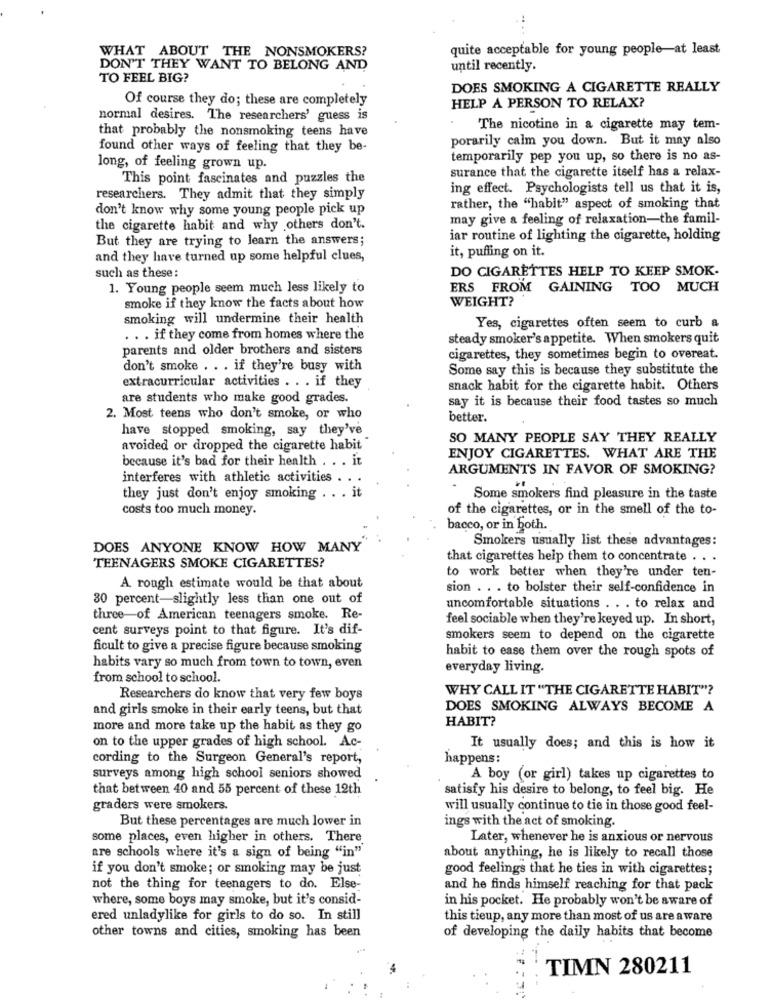
WHAT ABOUT THE NONSMOKERS?
quite acceptable for young people-at least
DON'T THEY WANT TO BELONG AND
until recently.
TO FEEL BIG?
DOES SMOKING A CIGARETTE REALLY
Of course they do; these are completely
HELP A PERSON TO RELAX?
normal desires. The researchers' guess is
that probably the nonsmoking teens have
. The nicotine in a cigarette may tem-
porarily calm you down. But it may also
found other ways of feeling that they be-
temporarily pep you up, so there is no as-
long, of feeling grown up.
surance that the cigarette itself has a relax-
This point fascinates and puzzles the
ing effect. Psychologists tell us that it is,
researchers. They admit that they simply
don't know why some young people pick up
rather, the "habit" aspect of smoking that
may give a feeling of relaxation-the famil-
the cigarette habit and why others don't.
But they are trying to learn the answers;
iar routine of lighting the cigarette, holding
it, puffing on it.
and they have turned up some helpful clues,
DO CIGARETTES HELP TO KEEP SMOK-
such as these:
1. Young people seem much less likely to
ERS FROM GAINING TOO MUCH
WEIGHT?
smoke if they know the facts about how
smoking will undermine their health
Yes, cigarettes often seem to curb a
. . . if they come from homes where the
steady smoker's appetite. When smokers quit
parents and older brothers and sisters
cigarettes, they sometimes begin to overeat.
don't smoke . . . if they're busy with
Some say this is because they substitute the
extracurricular activities . . . if they
snack habit for the cigarette habit. Others
are students who make good grades.
say it is because their food tastes so much
2. Most teens who don't smoke, or who
better.
have stopped smoking, say they've
SO MANY PEOPLE SAY THEY REALLY
avoided or dropped the cigarette habit
ENJOY CIGARETTES. WHAT ARE THE
because it's bad for their health . . . it
ARGUMENTS IN FAVOR OF SMOKING?
interferes with athletic activities ..
.
they just don't enjoy smoking .. . it
Some smokers find pleasure in the taste
costs too much money.
of the cigarettes, or in the smell of the to-
bacco, or in both.
Smokers usually list these advantages:
DOES ANYONE KNOW HOW MANY
that cigarettes help them to concentrate . . .
TEENAGERS SMOKE CIGARETTES?
to work better when they're under ten-
A rough estimate would be that about
sion . . . to bolster their self-confidence in
30 percent-slightly less than one out of
uncomfortable situations .. . to relax and
three-of American teenagers smoke. Re-
feel sociable when they're keyed up. In short,
cent surveys point to that figure. It's dif-
smokers seem to depend on the cigarette
ficult to give a precise figure because smoking
habit to ease them over the rough spots of
habits vary so much from town to town, even
everyday living.
from school to school.
WHY CALL IT "THE CIGARETTE HABIT"?
Researchers do know that very few boys
and girls smoke in their early teens, but that
DOES SMOKING ALWAYS BECOME A
HABIT?
more and more take up the habit as they go
on to the upper grades of high school. Ac-
It usually does; and this is how it
cording to the Surgeon General's report,
happens:
surveys among high school seniors showed
A boy (or girl) takes up cigarettes to
that between 40 and 55 percent of these 12th
satisfy his desire to belong, to feel big. He
graders were smokers.
will usually continue to tie in those good feel-
But these percentages are much lower in
ings with the act of smoking.
some places, even higher in others. There
Later, whenever he is anxious or nervous
are schools where it's a sign of being "in"
about anything, he is likely to recall those
if you don't smoke; or smoking may be just
good feelings that he ties in with cigarettes;
not the thing for teenagers to do. Else-
and he finds himself reaching for that pack
where, some boys may smoke, but it's consid-
in his pocket. He probably won't be aware of
ered unladylike for girls to do so. In still
this tieup, any more than most of us are aware
other towns and cities, smoking has been
of developing the daily habits that become
TIMN 280211